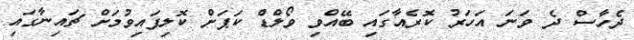
ދެހާސް ދެ ވަނަ އަހަރު ކޮރެއާގައި ބޭއްވި ވޯލްޑް ކަޕަށް ކޮލިފައިވުމަށް ޗައިނާގައި